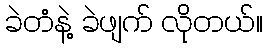
ခဲတံနဲ့ ခဲဖျက် လိုတယ်။